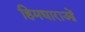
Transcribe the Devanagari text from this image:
हिमधाराओं